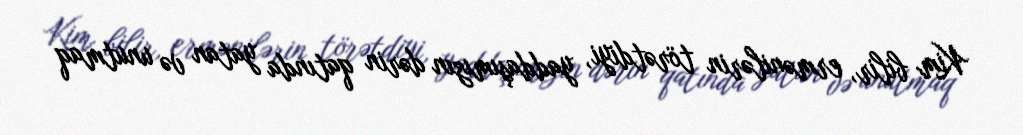
Kim bilir, ermənilərin törətdiyi, yaddaşımızın dərin qatında yatan və unutmaq